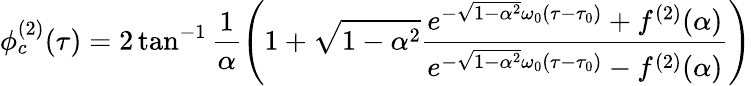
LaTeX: \phi_{c}^{(2)}(\tau)=2\tan^{-1}\frac{1}{\alpha}\left(1+\sqrt{1-\alpha^{2}}{\frac{e^{-\sqrt{1-\alpha^{2}}\omega_{0}(\tau-\tau_{0})}+f^{(2)}(\alpha)}{e^{-\sqrt{1-\alpha^{2}}\omega_{0}(\tau-\tau_{0})}-f^{(2)}(\alpha)}}\right)